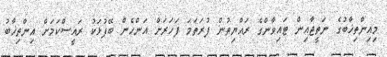
މިއިންތިޚާބުގެ ނަތީޖާއިން ޓައިވާންގެ ރައްޔިތުން ފުރަތަމަ ފަހަރަށް އަންހެން ބޭފުޅަކު ރައީސްކަމަށް އިންތިޚާބު